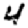
Digit: 4